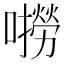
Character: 𫬓